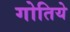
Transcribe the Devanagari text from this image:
गोतिये